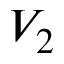
V _ { 2 }